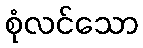
စုံလင်သော